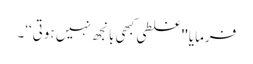
فرمایا ''غلطی کبھی بانجھ نہیں ہوتی‘‘۔